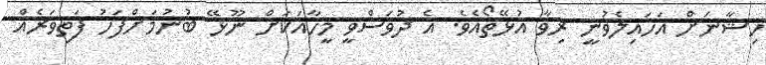
ހިޝާނަށް އަހައިލެވުނީ ރިވާ އުޅޭތޯއެވެ. އެ ދުވަސްވީ މީހާއަކަށް ނޫޅޭ ބުނުމަށްފަހު ފަތިވަރެއް